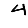
Digit: 4